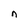
Character: n